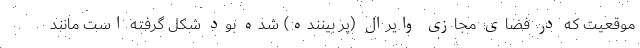
موقعیت که در فضای مجازی وایرال (پر بیننده) شده بود شکل گرفته است مانند